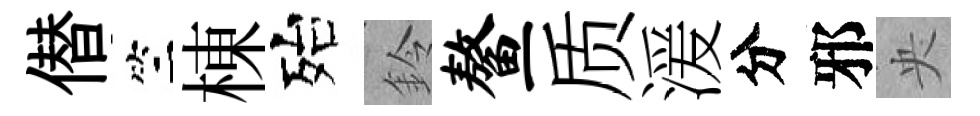
僣竺棟殆鈴鳌质湲分邪央